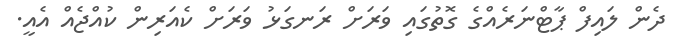
ދެން ލައިފް ޕާޓްނަރެއްގެ ގޮތުގައި ވަރަށް ރަނގަޅު ވަރަށް ކެއަރިން ކުއްޖެއް އެއީ.